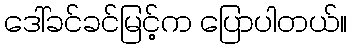
ဒေါ်ခင်ခင်မြင့်က ပြောပါတယ်။